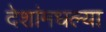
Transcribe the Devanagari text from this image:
देशांमधल्या